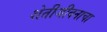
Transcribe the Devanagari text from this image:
शेतीजीवनाचा